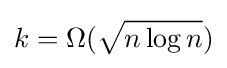
k=\Omega ({\sqrt {n\log n}})